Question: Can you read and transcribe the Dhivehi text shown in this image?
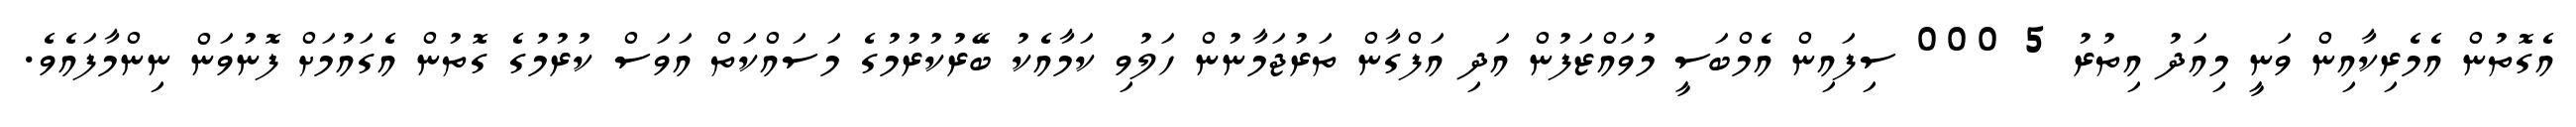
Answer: އެގޮތުން އެމެރިކާއިން ވަނީ މިއަދު އިތުރު 5 000 ސިފައިން އެމްބަސީ މުވައްޒަފުން އަދި އަފްގާން ތަރުޖަމާނުން ހަލުވި ކަމާއެކު ބޭރުކުރުމުގެ މަސައްކަތް އަވަސް ކުރުމުގެ ގޮތުން އެގައުމަށް ފޮނުވަން ނިންމާފައެވެ.